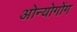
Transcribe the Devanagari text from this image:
ओन्योगोंग